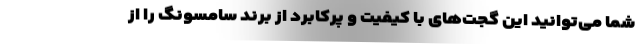
شما می‌توانید این گجت‌های با کیفیت و پرکابرد از برند سامسونگ را از